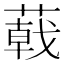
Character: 𦻝